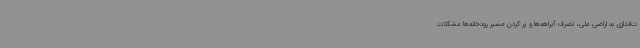
ت‌اندازی به اراضی ملی، تصرف آبراهه‌ها و پر کردن مسیر رودخانه‌ها مشکلات